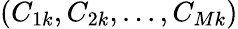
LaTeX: {(C_{1k},C_{2k},...,C_{Mk})}